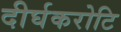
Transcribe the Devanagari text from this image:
दीर्घकरोटि